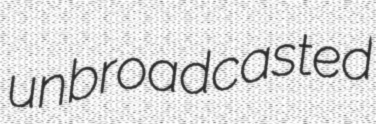
unbroadcasted